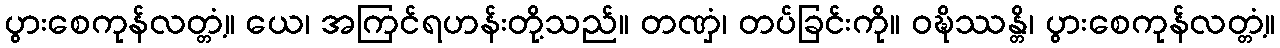
ပွားစေကုန်လတ္တံ့။ ယေ၊ အကြင်ရဟန်းတို့သည်။ တဏှံ၊ တပ်ခြင်းကို။ ဝဍ္ဎိဿန္တိ၊ ပွားစေကုန်လတ္တံ့။